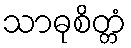
သာဓုစိတ္တံ